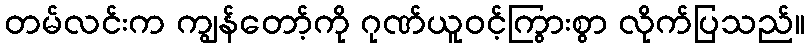
တမ်လင်းက ကျွန်တော့်ကို ဂုဏ်ယူဝင့်ကြွားစွာ လိုက်ပြသည်။